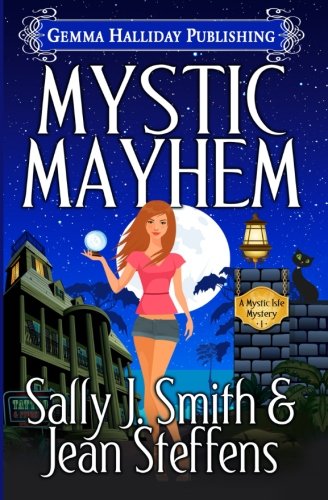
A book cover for Mystic Mayhem (Mystic Isle Mysteries ) (Volume 1); Sally J Smith; Mystery, Thriller & Suspense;